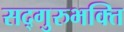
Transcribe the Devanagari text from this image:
सद्गुरुभक्ति